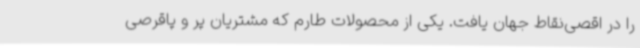
را در اقصی‌نقاط جهان یافت. یکی از محصولات طارم که مشتریان پر و پاقرصی